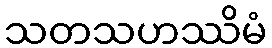
သတသဟဿိမံ